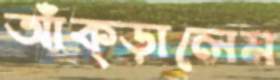
আঁক্‌ড়ালেম